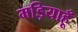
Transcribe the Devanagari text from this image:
मड़ियाहूँ